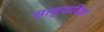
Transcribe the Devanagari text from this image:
सामुदायिक